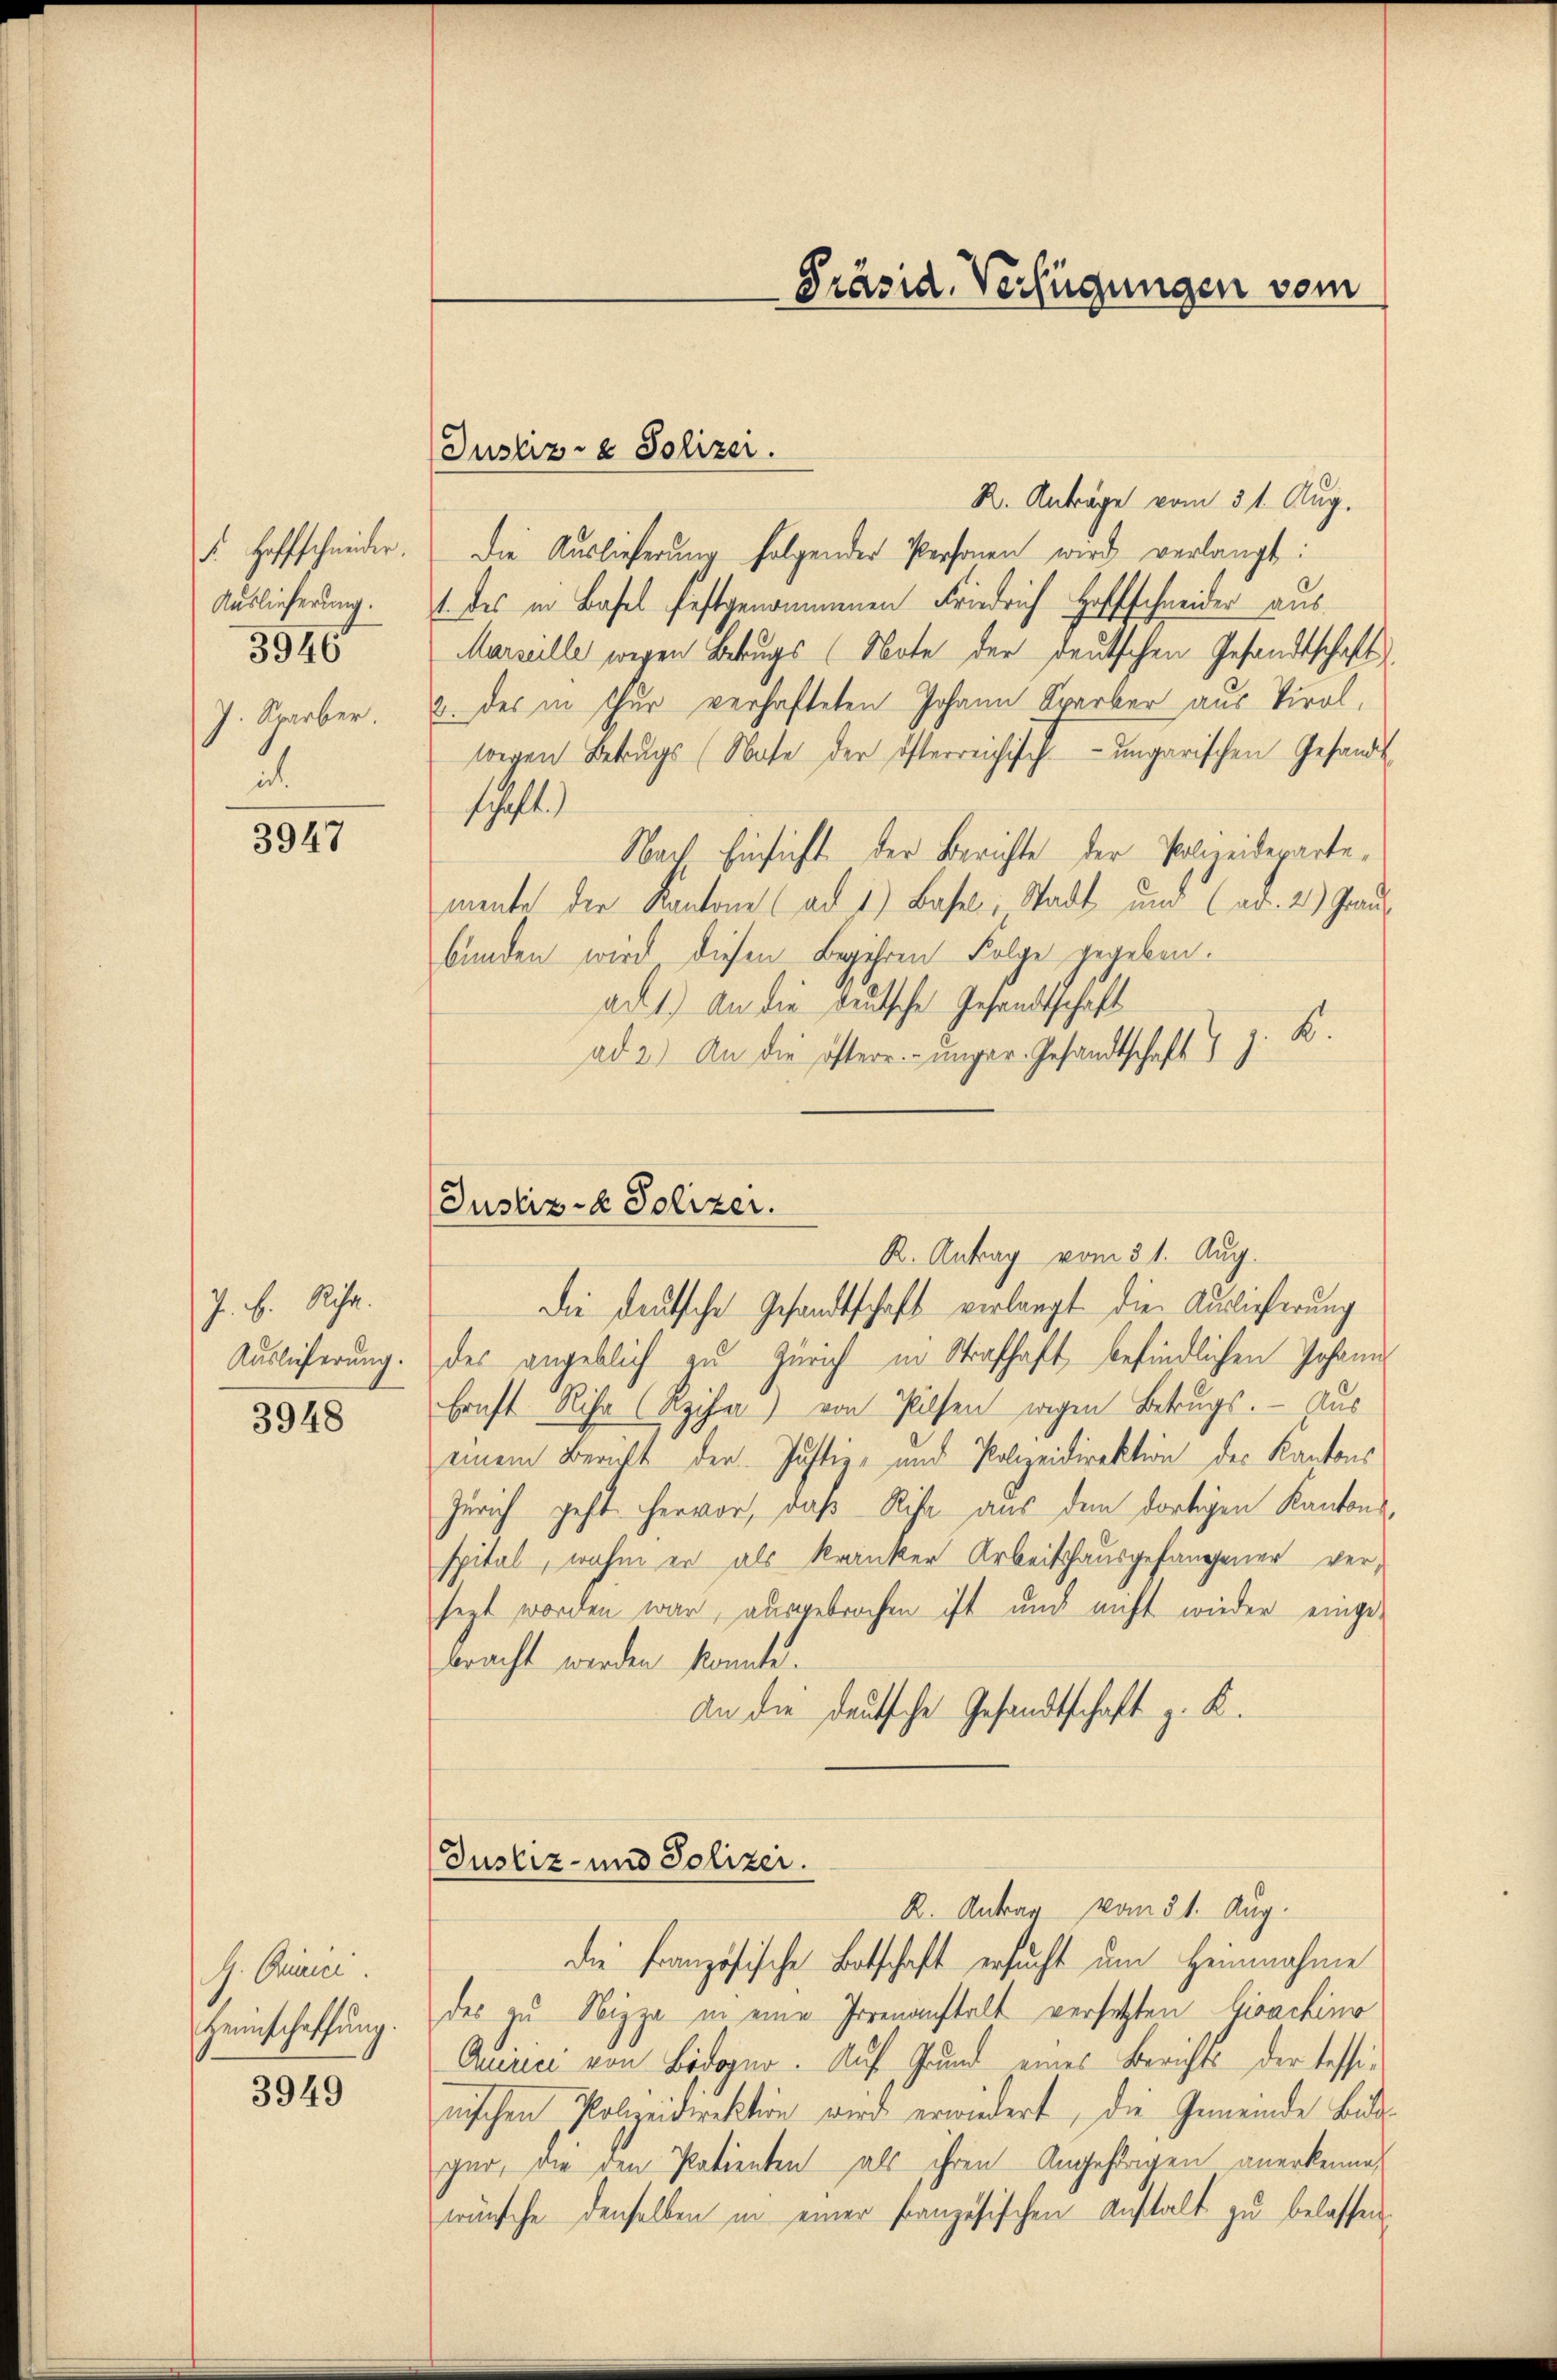
F. Hoffschneider.
Auslieferung.
3946
J. Sparber.
i

3947

J. B. Richa
Auslieferung.
3948

J. Chunici
Heimschaffung.

3949

R. Anträge vom 31. Aug.
Die Auslieferung folgender Personen wird verlangt:
1. des in Basel festgenommenen Friedrich Hofschneider aus
Marzille wegen Betrugs (Note der deutschen Gesandtschaft
u. des in Thur verhafteten Johann Sparber aus Tirol,
wegen Betrugs (Nase der österreichisch-ungarischen Gesandt
schaft.)
Nach Einsicht der Berichte der Polizeidepartemente der Kantone (ad 1.) Basel, Stadt und (ad. 2.) Graubunden wird diesen Begehren Folge gegeben.
ad 1.) An die deutsche Gesandtschaft
ad 2.) An die öftere unger. Gesandtschaft 1 J. K.

Justiz- & Polizei.

Präsid. Verfügungen vom

Justiz- & Polizei.
R. Antrag vom 31. Aug.
Die deutsche Gesandtschaft verlangt die Auslieferung

des angeblich zu Zürich in Strafhaft befindlichen Johann
Ernst Riche Rziha) von Pilsen wegen Betrugs. — Aus
einem Bericht der Justiz- und Polizeidirektion des Kantons
Zürich geht hervor, daß Riha aus dem dortigen Kantonsspital, wahm er als kranker Arbeitshausgefangener versezt worden war, ausgebrochen ist und nicht wieder einge-
bracht werden konnte.
An die deutsche Gesandtschaft z. K.

Justiz- und Polizei.
R. Antrag vom 31. Aug.
die Französische Botschaft ersucht um Heinnahme

des zu Nizza in eine Irrenanstalt versetzten Gioachinr
Quirici von Bödoger. Auf Grund eines Berichts der Tessinischen Polizeidirektion wird erwiedert, die Gemeinde Budgar, die den Patienten als ihren Angehörigen anerkenne,
wünsche denselben in einer französischen Aŭstalt zu belassen